Rangoon Lunatic Asylum 1898-1906 - 1898-1906
Year: 1898
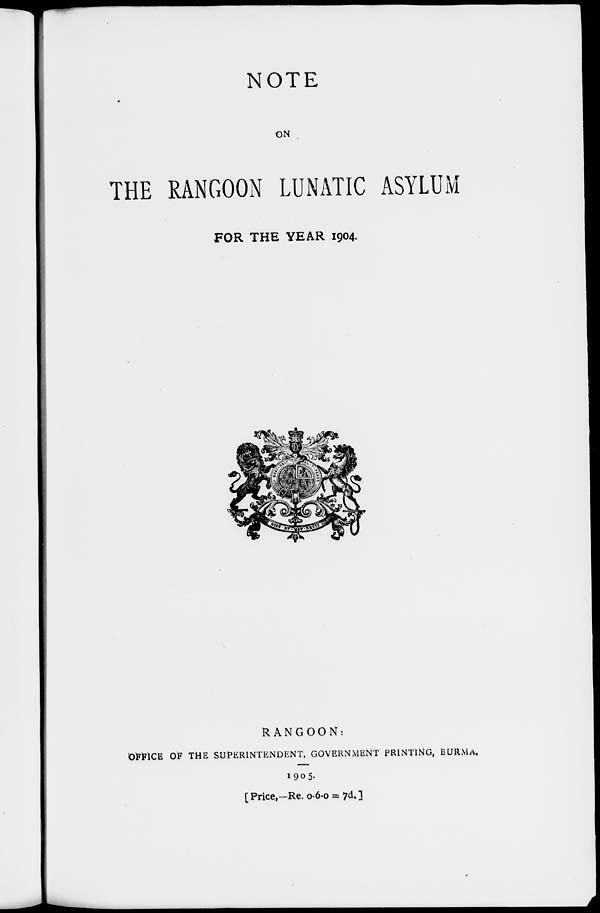
NOTE
ON
THE RANGOON LUNATIC ASYLUM
FOR THE YEAR 1904.
RANGOON:
OFFICE OF THE SUPERINTENDENT, GOVERNMENT PRINTING, BURMA.
1905.
[Price,-Re. 0-6-0 = 7d.]